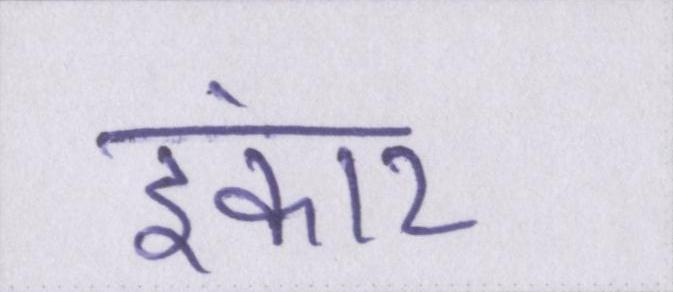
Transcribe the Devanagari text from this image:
इंकार